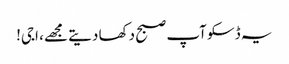
یہ ڈسکو آپ صبح دکھا دیتے مجھے، اجی!